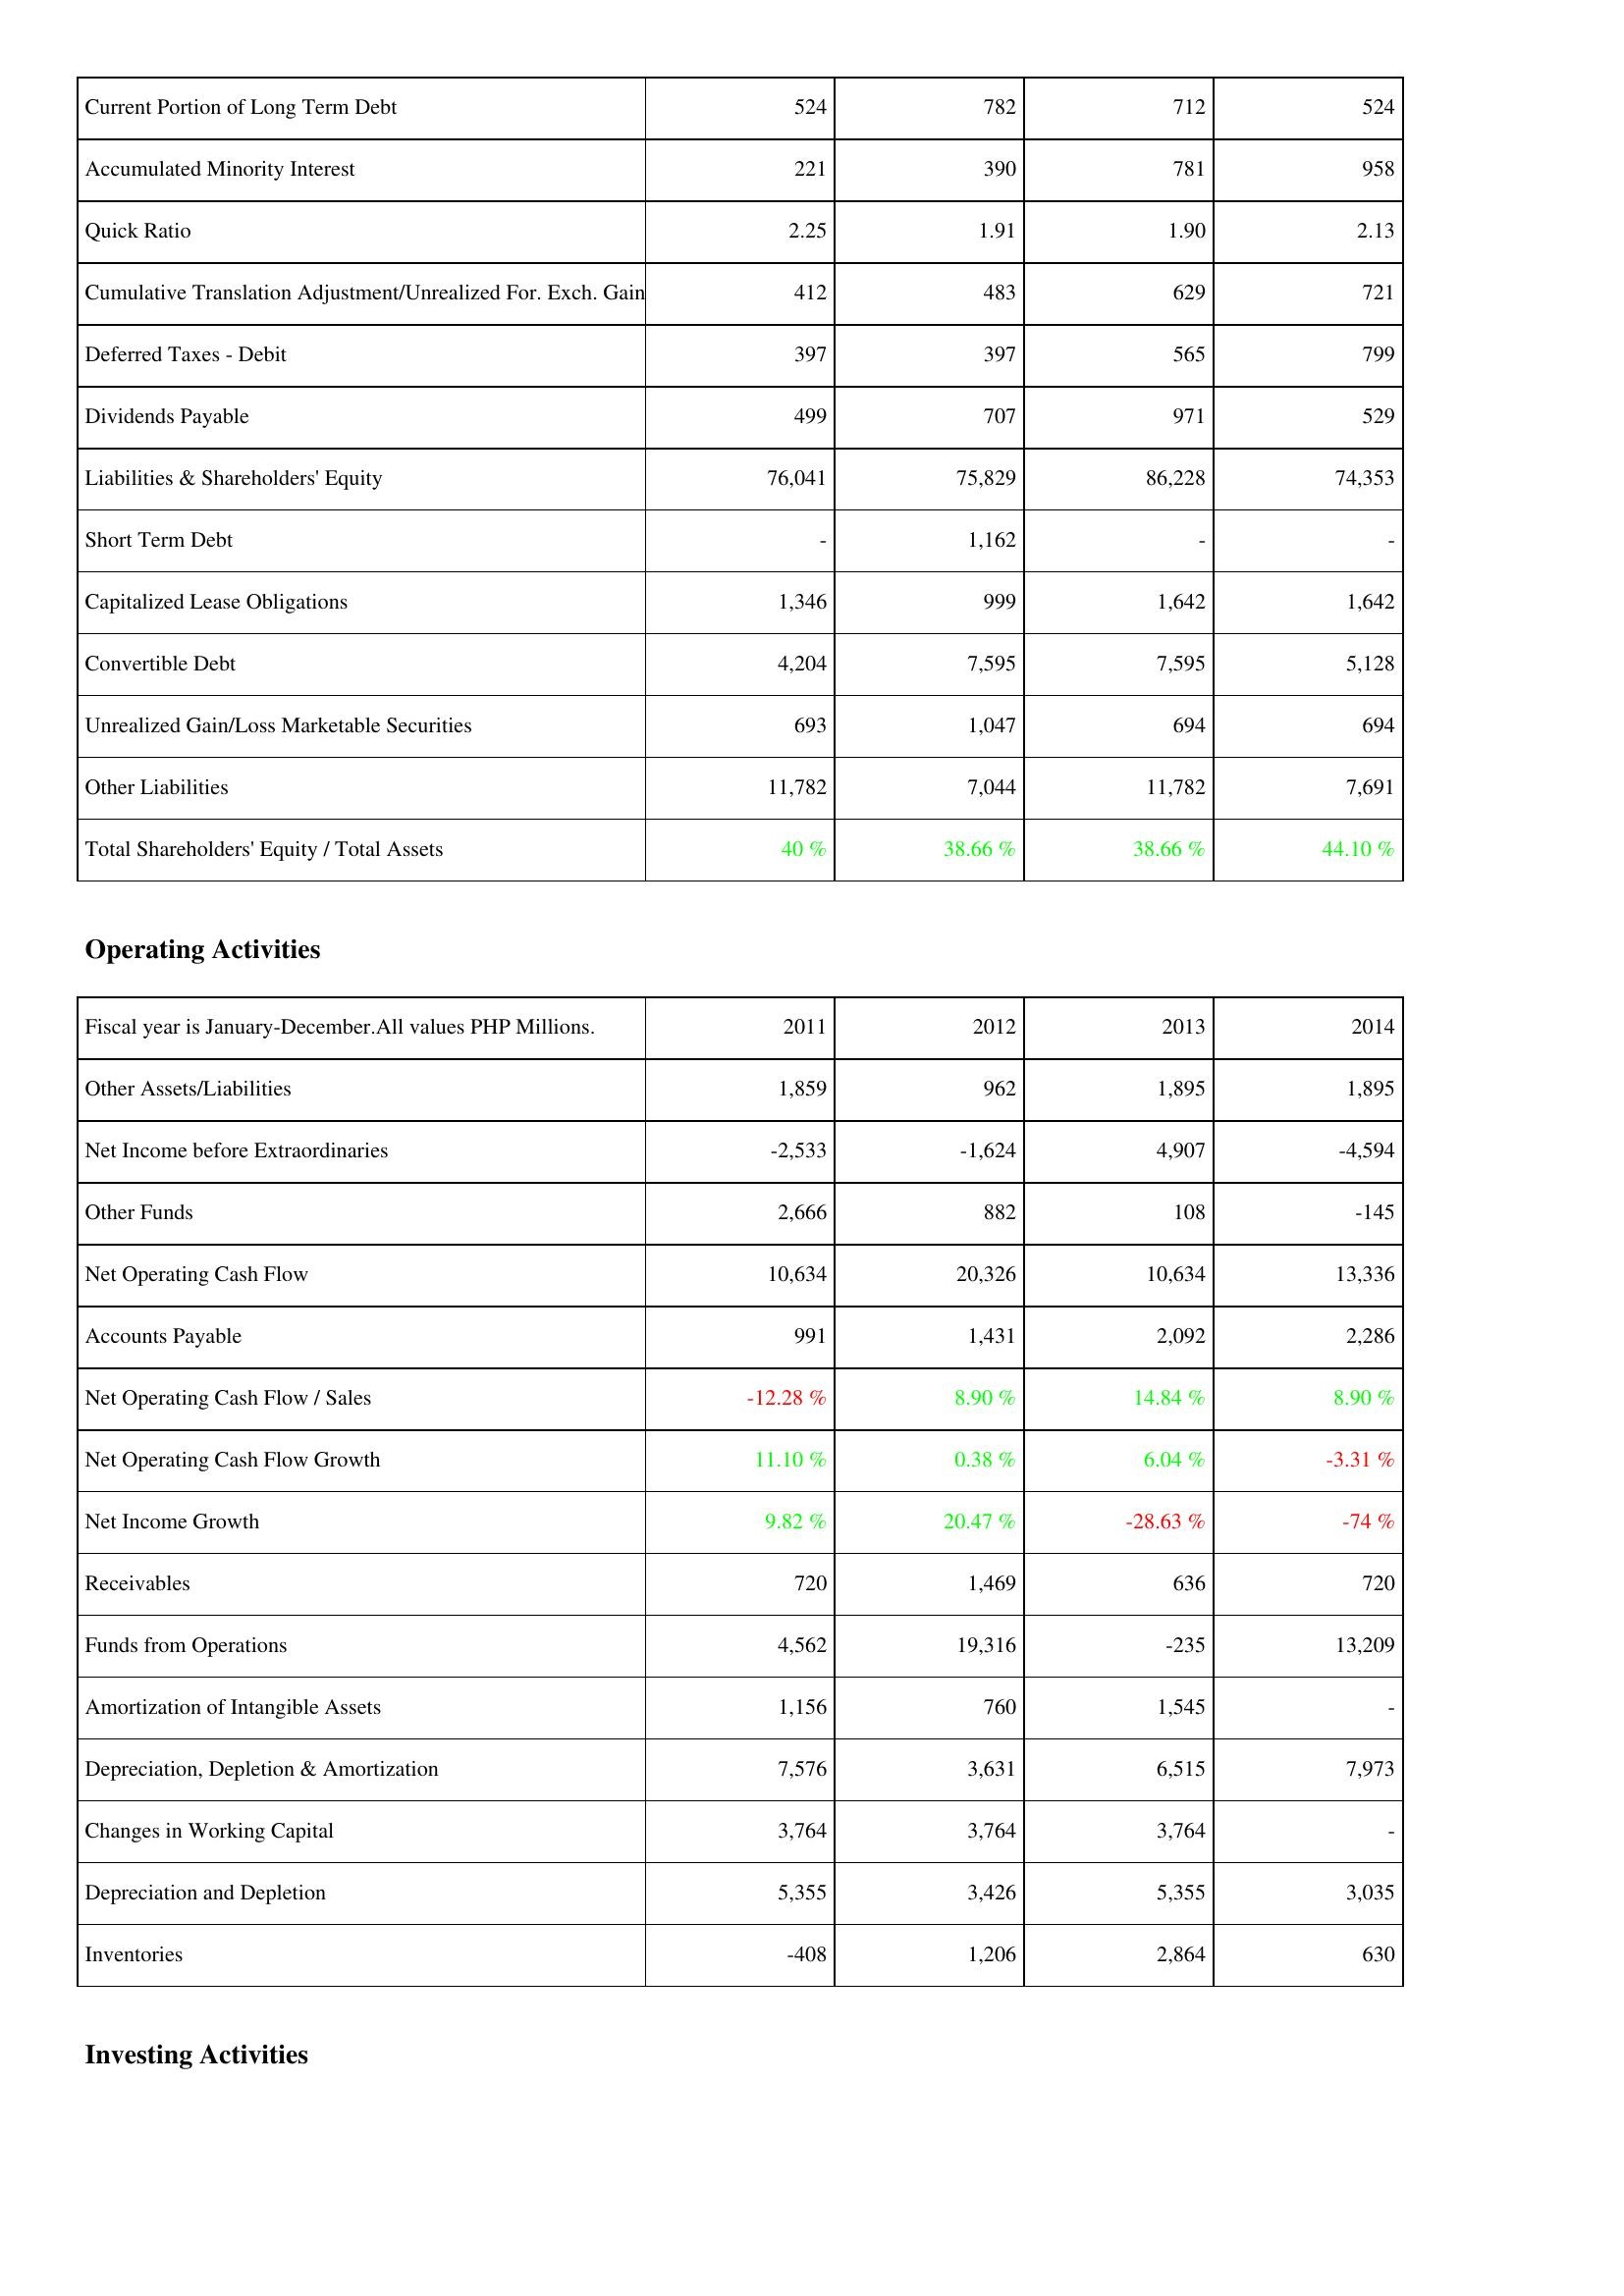
2011: Liabilities & Shareholders' Equity: Current Portion of Long Term Debt: 524
Accumulated Minority Interest: 221
Quick Ratio: 2.25
Cumulative Translation Adjustment/Unrealized For. Exch. Gain: 412
Deferred Taxes - Debit: 397
Dividends Payable: 499
Liabilities & Shareholders' Equity: 76,041
Short Term Debt: -
Capitalized Lease Obligations: 1,346
Convertible Debt: 4,204
Unrealized Gain/Loss Marketable Securities: 693
Other Liabilities: 11,782
Total Shareholders' Equity / Total Assets: 40 %
Operating Activities: Other Assets/Liabilities: 1,859
Net Income before Extraordinaries: -2,533
Other Funds: 2,666
Net Operating Cash Flow: 10,634
Accounts Payable: 991
Net Operating Cash Flow / Sales: -12.28 %
Net Operating Cash Flow Growth: 11.10 %
Net Income Growth: 9.82 %
Receivables: 720
Funds from Operations: 4,562
Amortization of Intangible Assets: 1,156
Depreciation, Depletion & Amortization: 7,576
Changes in Working Capital: 3,764
Depreciation and Depletion: 5,355
Inventories: -408
2012: Liabilities & Shareholders' Equity: Current Portion of Long Term Debt: 782
Accumulated Minority Interest: 390
Quick Ratio: 1.91
Cumulative Translation Adjustment/Unrealized For. Exch. Gain: 483
Deferred Taxes - Debit: 397
Dividends Payable: 707
Liabilities & Shareholders' Equity: 75,829
Short Term Debt: 1,162
Capitalized Lease Obligations: 999
Convertible Debt: 7,595
Unrealized Gain/Loss Marketable Securities: 1,047
Other Liabilities: 7,044
Total Shareholders' Equity / Total Assets: 38.66 %
Operating Activities: Other Assets/Liabilities: 962
Net Income before Extraordinaries: -1,624
Other Funds: 882
Net Operating Cash Flow: 20,326
Accounts Payable: 1,431
Net Operating Cash Flow / Sales: 8.90 %
Net Operating Cash Flow Growth: 0.38 %
Net Income Growth: 20.47 %
Receivables: 1,469
Funds from Operations: 19,316
Amortization of Intangible Assets: 760
Depreciation, Depletion & Amortization: 3,631
Changes in Working Capital: 3,764
Depreciation and Depletion: 3,426
Inventories: 1,206
2013: Liabilities & Shareholders' Equity: Current Portion of Long Term Debt: 712
Accumulated Minority Interest: 781
Quick Ratio: 1.90
Cumulative Translation Adjustment/Unrealized For. Exch. Gain: 629
Deferred Taxes - Debit: 565
Dividends Payable: 971
Liabilities & Shareholders' Equity: 86,228
Short Term Debt: -
Capitalized Lease Obligations: 1,642
Convertible Debt: 7,595
Unrealized Gain/Loss Marketable Securities: 694
Other Liabilities: 11,782
Total Shareholders' Equity / Total Assets: 38.66 %
Operating Activities: Other Assets/Liabilities: 1,895
Net Income before Extraordinaries: 4,907
Other Funds: 108
Net Operating Cash Flow: 10,634
Accounts Payable: 2,092
Net Operating Cash Flow / Sales: 14.84 %
Net Operating Cash Flow Growth: 6.04 %
Net Income Growth: -28.63 %
Receivables: 636
Funds from Operations: -235
Amortization of Intangible Assets: 1,545
Depreciation, Depletion & Amortization: 6,515
Changes in Working Capital: 3,764
Depreciation and Depletion: 5,355
Inventories: 2,864
2014: Liabilities & Shareholders' Equity: Current Portion of Long Term Debt: 524
Accumulated Minority Interest: 958
Quick Ratio: 2.13
Cumulative Translation Adjustment/Unrealized For. Exch. Gain: 721
Deferred Taxes - Debit: 799
Dividends Payable: 529
Liabilities & Shareholders' Equity: 74,353
Short Term Debt: -
Capitalized Lease Obligations: 1,642
Convertible Debt: 5,128
Unrealized Gain/Loss Marketable Securities: 694
Other Liabilities: 7,691
Total Shareholders' Equity / Total Assets: 44.10 %
Operating Activities: Other Assets/Liabilities: 1,895
Net Income before Extraordinaries: -4,594
Other Funds: -145
Net Operating Cash Flow: 13,336
Accounts Payable: 2,286
Net Operating Cash Flow / Sales: 8.90 %
Net Operating Cash Flow Growth: -3.31 %
Net Income Growth: -74 %
Receivables: 720
Funds from Operations: 13,209
Amortization of Intangible Assets: -
Depreciation, Depletion & Amortization: 7,973
Changes in Working Capital: -
Depreciation and Depletion: 3,035
Inventories: 630